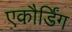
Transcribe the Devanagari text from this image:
एकौर्डिंग